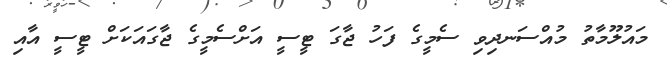
މައުލޫމާތު މުއްސަނދިވި ސެމީގެ ފަހު ޖާގަ ޓީސީ އަށްސެމީގެ ޖާގައަކަށް ޓީސީ އާއި